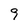
Character: 9